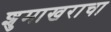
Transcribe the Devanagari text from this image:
शुमाखराचा